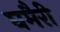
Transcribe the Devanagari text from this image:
घमैरी